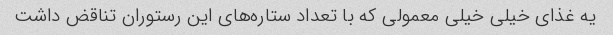
یه غذای خیلی خیلی معمولی که با تعداد ستاره‌های این رستوران تناقض داشت